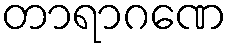
တာရာဂဏေ